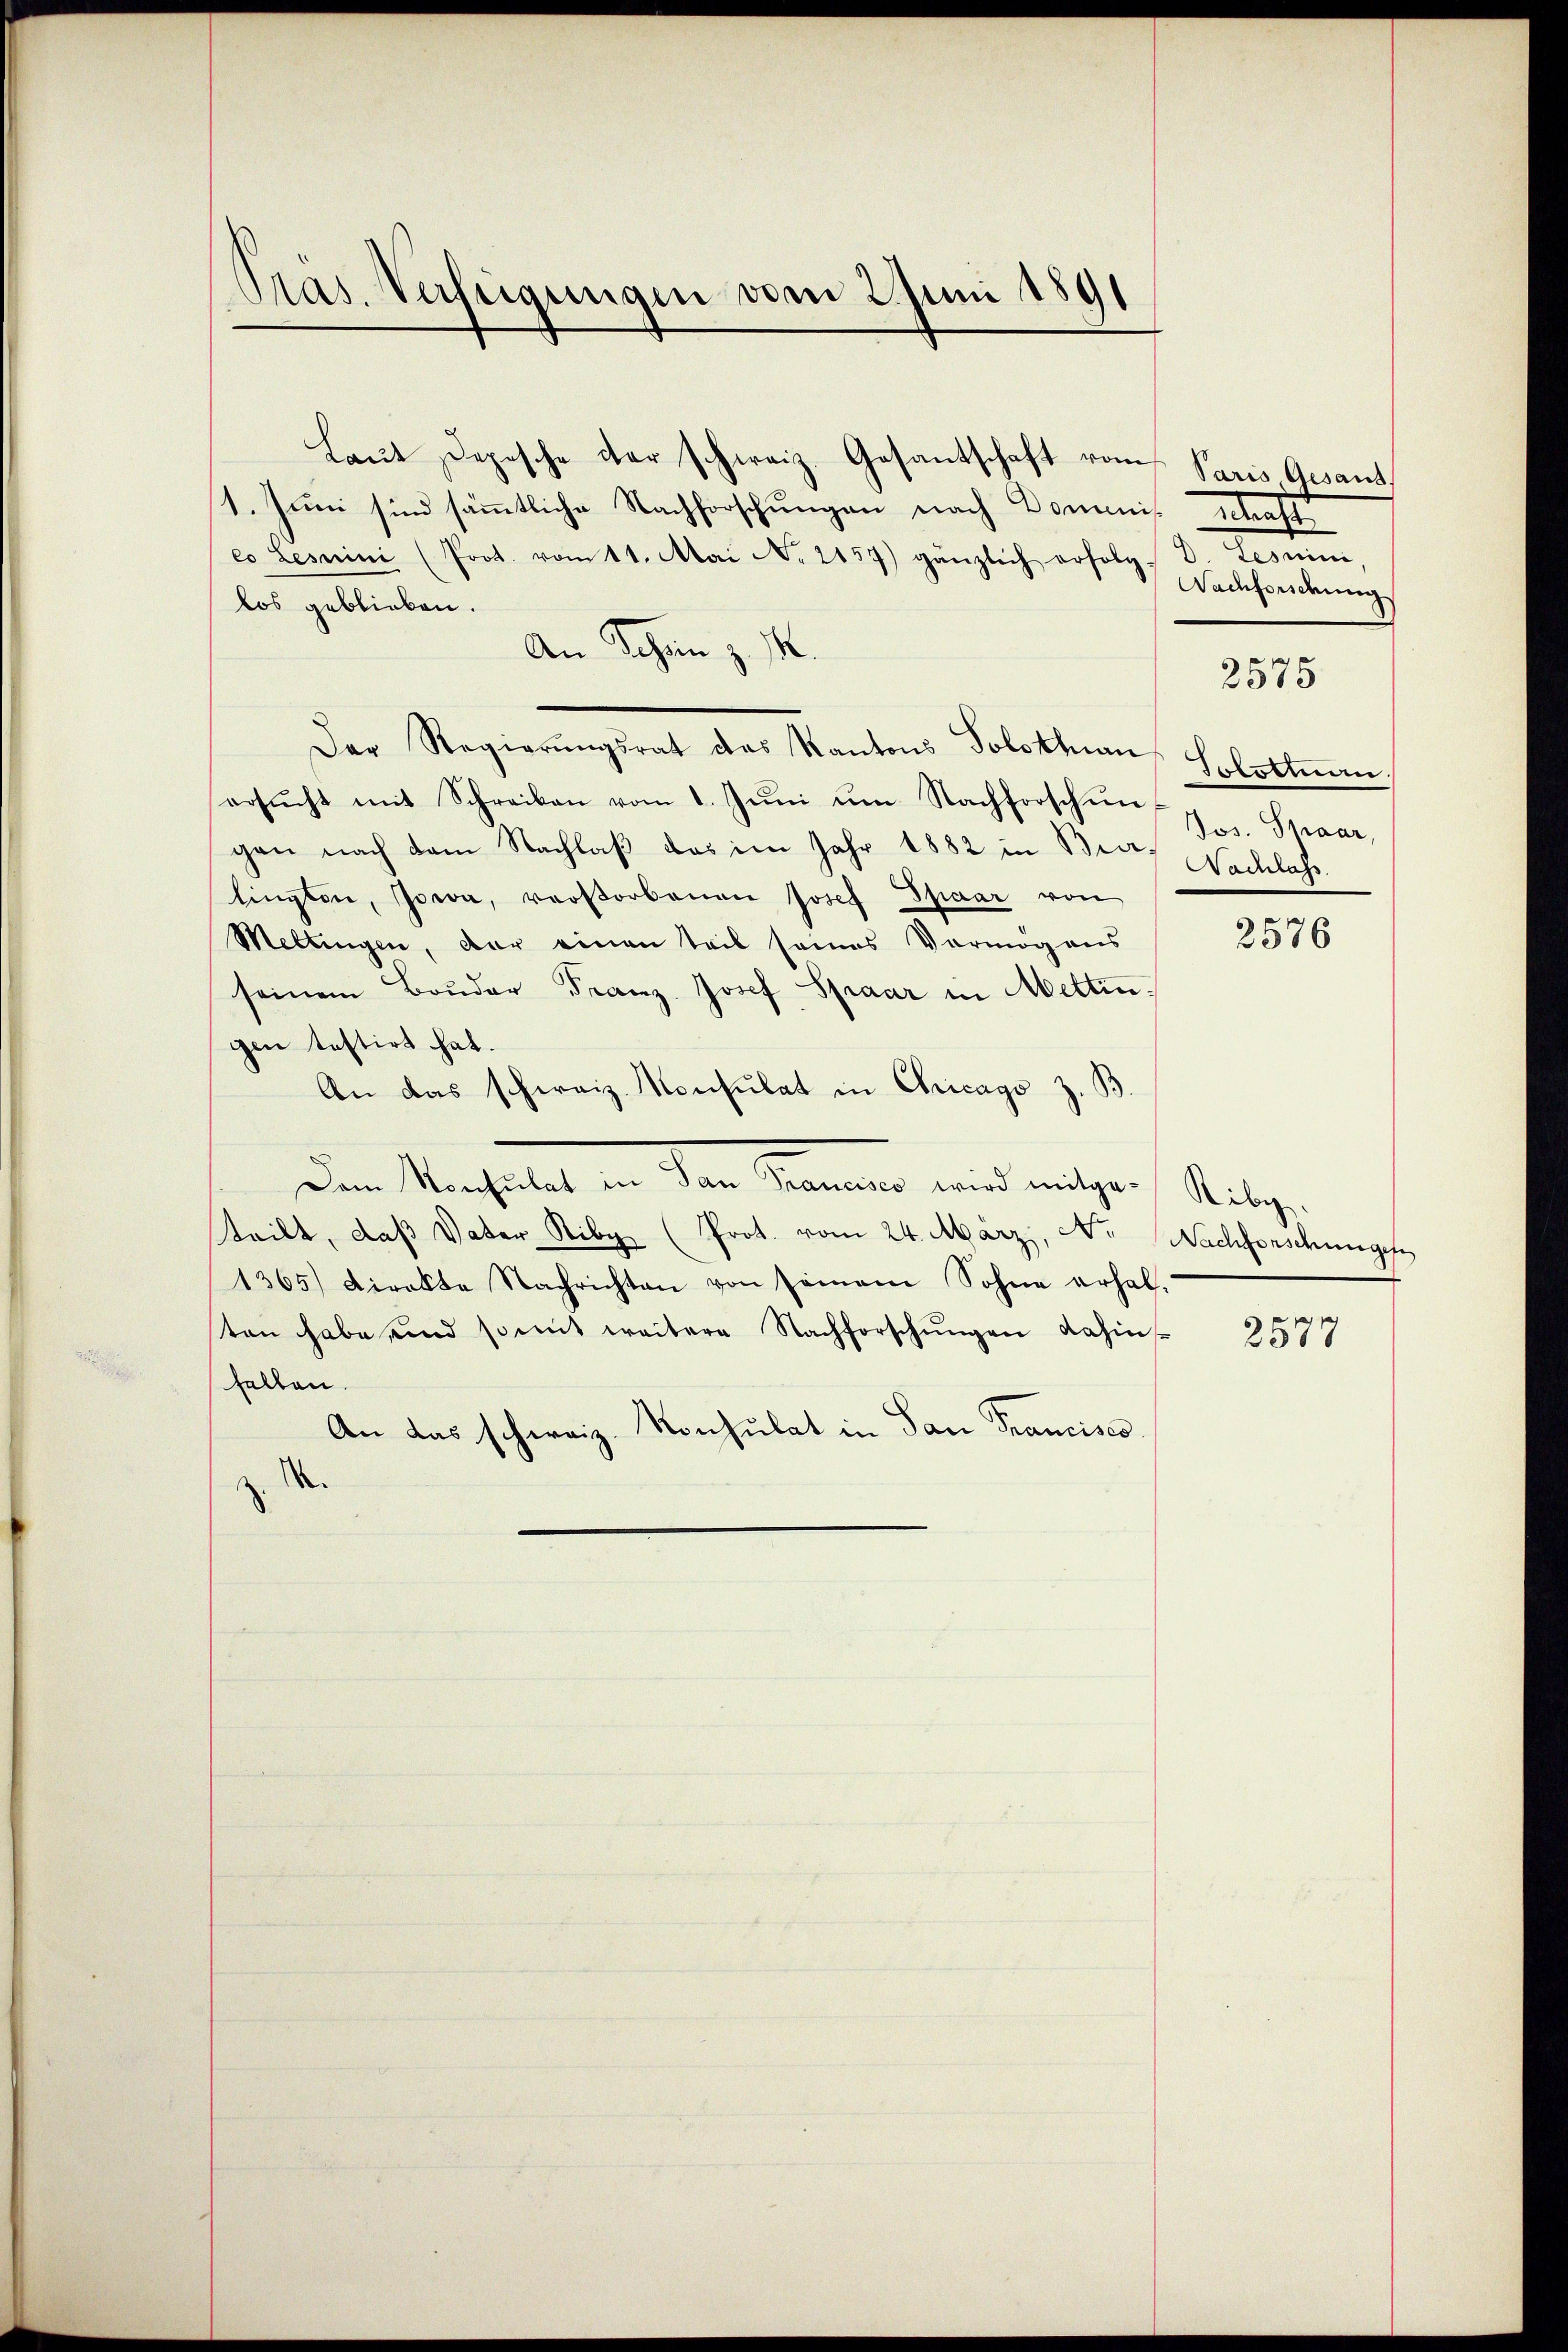
Pas. Verfügungen vom 2 Juni 1891

Laut Depesche der schweiz. Gesantschaft vom Paris Gesant,
1. Juni sind sämmtliche Nachforschungen nach Dominis Schaft
co Lesmini (Prot. vom 11. Mai No. 2157) gänzlich erfolg d. Lesnini,
los geblieben.
An Schanz. I
Der Regierŭngsrat das Kantons Solothurn
ersŭcht mit Schreiben vom 1. Jŭni ŭm Nachforschŭn
gen nach dem Nachlaß das im Jahr 1882 in Berg Nachlass
lingten, Jowa, verstorbenen Josef Spaar von
Meltingen, der einen teil seines Vermög aus
seinem Bruder Franz Josef Spaar in Mettin.
gen testirt hat.
An das schweiz. Konsulat in Chicago z. B
Dem Mechaltet in dem Namen wird mither Mitg
teilt, daβ Vater Riby (Prot. vom 24. März, No. Nachforschungen
1365) Direkte Nachrichten von seinem Sohne erhal-
ten habe, und somit weitere Nachforschŭngen dahin-
hallen.
An das schweiz. Konsulat in San Francisco
A.
d

Nachforidung
2575
Tolosman.
Jos. Smaar,

2576

2577